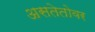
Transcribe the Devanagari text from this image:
असतेतोवर